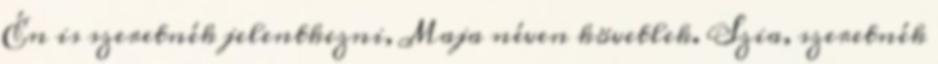
Én is szeretnék jelentkezni, Maja néven követlek. Szia, szeretnék